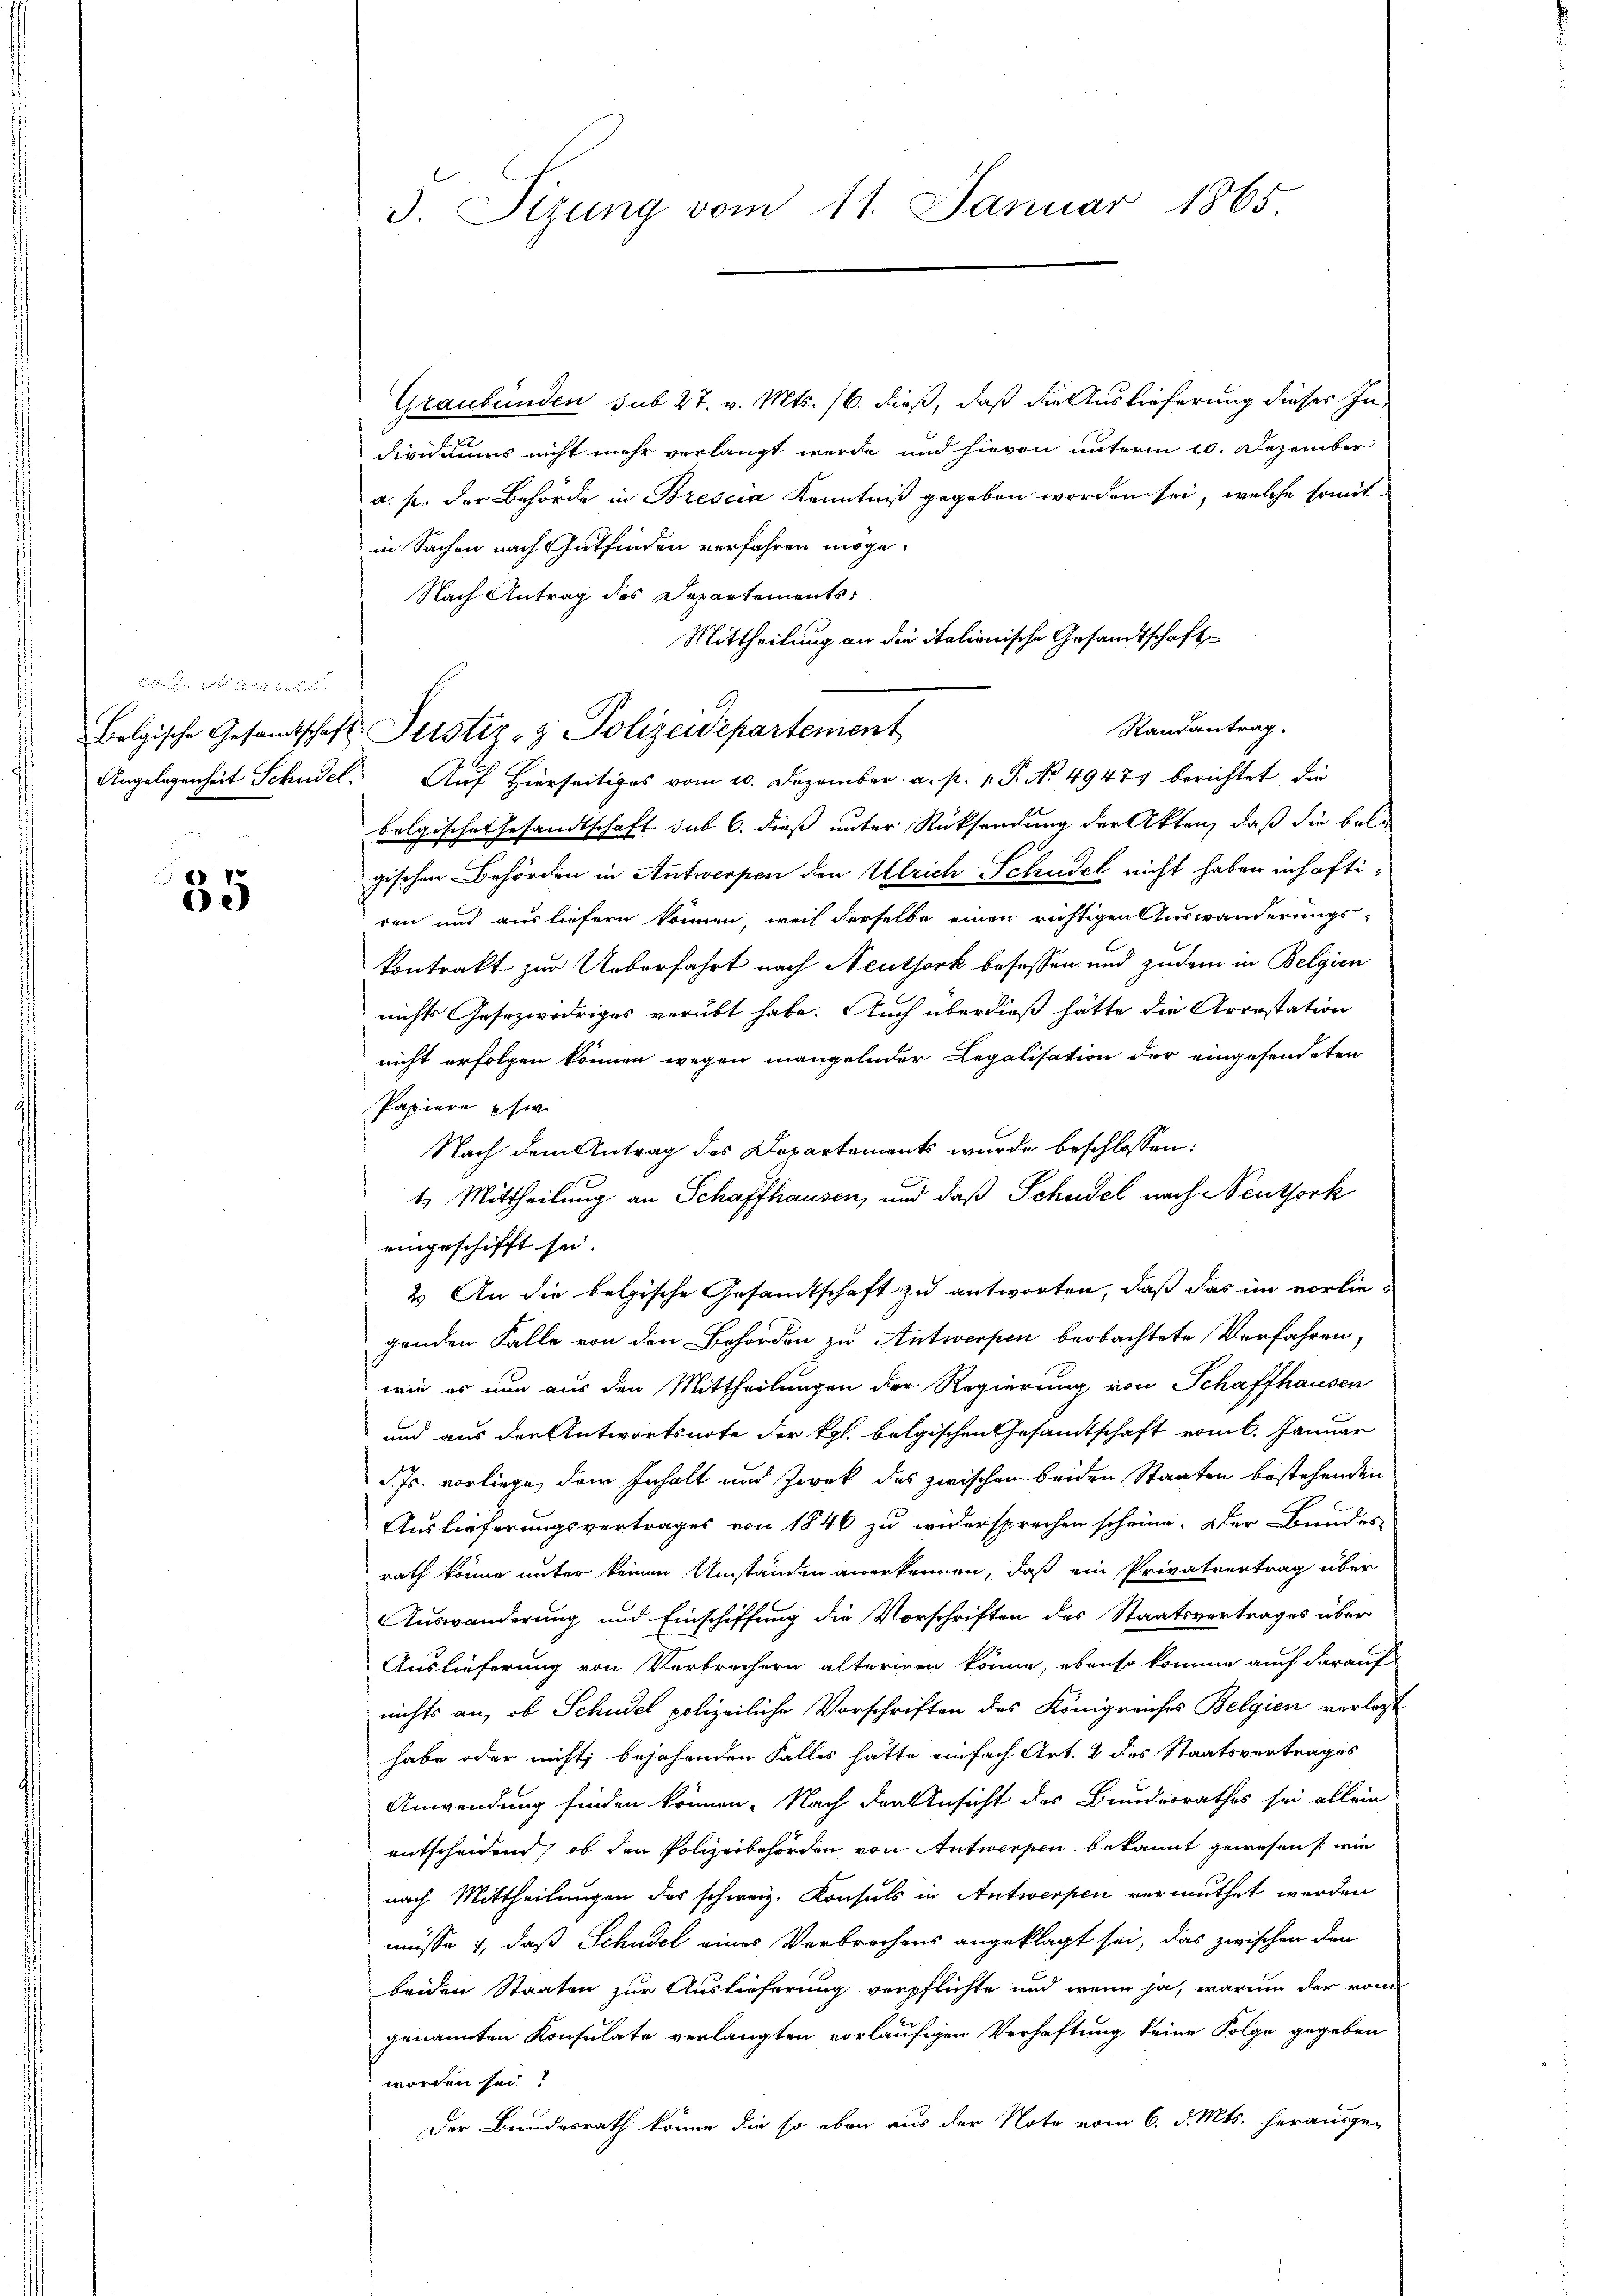
Angelegenheit Schudel.

35

3. Sizung vom 11. Januar 1865

Graubünden sub 27. v. Mts. 16. dieß, daß die Auslieferung dieses Individuums nicht mehr verlangt werde und hievon unterm 20. Dezember
a. p. der Behörde in Brescia Kenntniß gegeben worden sei, welche somit
in Sachen nach Gutfinden verfahren möge.
Nach Antrag des Departements,
Mittheilung an die italienische Gesandtschaft
Randantrag.
Auf Hierseitiges vom 20. Dezember. a. p. v. P. Nr. 49471 berichtet die
belgische Gesandtschaft sub 6. dieß unter Rücksendung der Akten, daß die belgischen Behörden in Antwerpen den Ulrich Schudel nicht haben inhaftiren und ausliefern können, weil derselbe einen richtigen Auswanderungs¬
Contrakt zur Ueberfahrt nach Neuthork besassen und zudem in Belgien
nichts Gesezwidriges verübt habe. Auch überdieß hätte die Arrestation
nicht erfolgen können wegen mangelnder Legalisation der eingesendeten
Papiere phi
Nach dem Antrag des Departements wurde beschlossen:
t. Mittheilung an Schaffhausen, und daß Schudel nach Neuthork
eingeschifft sei.
2.) An die belgische Gesandtschaft zu antworten, daß das im vorliegenden Falle von den Behörden zu Antwerpen beobachtete Verfahren,
wie es nun aus den Mittheilungen der Regierung von Schaffhausen
und aus der Antwortsnote der Kgl. bolgischen Gesandtschaft remb. Januar
d. Js. vorliege, dem Inhalt und Zwek des zwischen beiden Staaten bestehenden
Auslieferungsvertrages von 1846 zu widersprechen scheine. Der Bundes
rath könne unter keinen Umständen anerkennen, daß ein Privatvertrag über
Auswanderung und Einschiffung die Vorschriften des Staatsvertrages über
Auslieferung von Verbrechern alteriren könne, ebenso komme auch darauf
nichts an, ob Schudel polizeiliche Vorschriften des Königreiches Belgien verlass
habe oder nicht bejahenden Falles hätte einfach Art. 2 des Staatsvertrages
Anwendung finden können. Nach der Ansicht des Bundesrathes sei allein
entscheidend, ob den Polizeibehörden von Antwerpen bekannt gewesen, wie
nach Mittheilungen des schweiz. Konsuls in Antwerpen vermuthet werden
müsse 4, daß Schudel eines Verbrechens angeklagt sei, das zwischen den
beiden Staaten zur Auslieferung verpflichte und wenn ja, warum der vom
genannten Konsulate verlangten vorläufigen Verhaftung keine Folge gegeben
worden sei
Der Bundesrath könne die so eben aus der Note vom 6. d. Mts. herausge-

Belgische Gesandtschaft Justiz- & Polizeidepartement